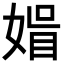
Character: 𡟤